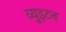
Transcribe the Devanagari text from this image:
व्युइटन